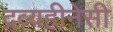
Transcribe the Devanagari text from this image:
द्रव्यहीनेसी